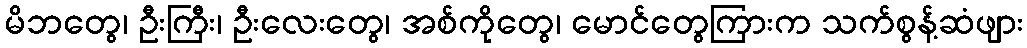
မိဘတွေ၊ ဦးကြီး၊ ဦးလေးတွေ၊ အစ်ကိုတွေ၊ မောင်တွေကြားက သက်စွန့်ဆံဖျား